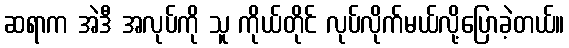
ဆရာက အဲဒီ အလုပ်ကို သူ ကိုယ်တိုင် လုပ်လိုက်မယ်လို့ပြောခဲ့တယ်။